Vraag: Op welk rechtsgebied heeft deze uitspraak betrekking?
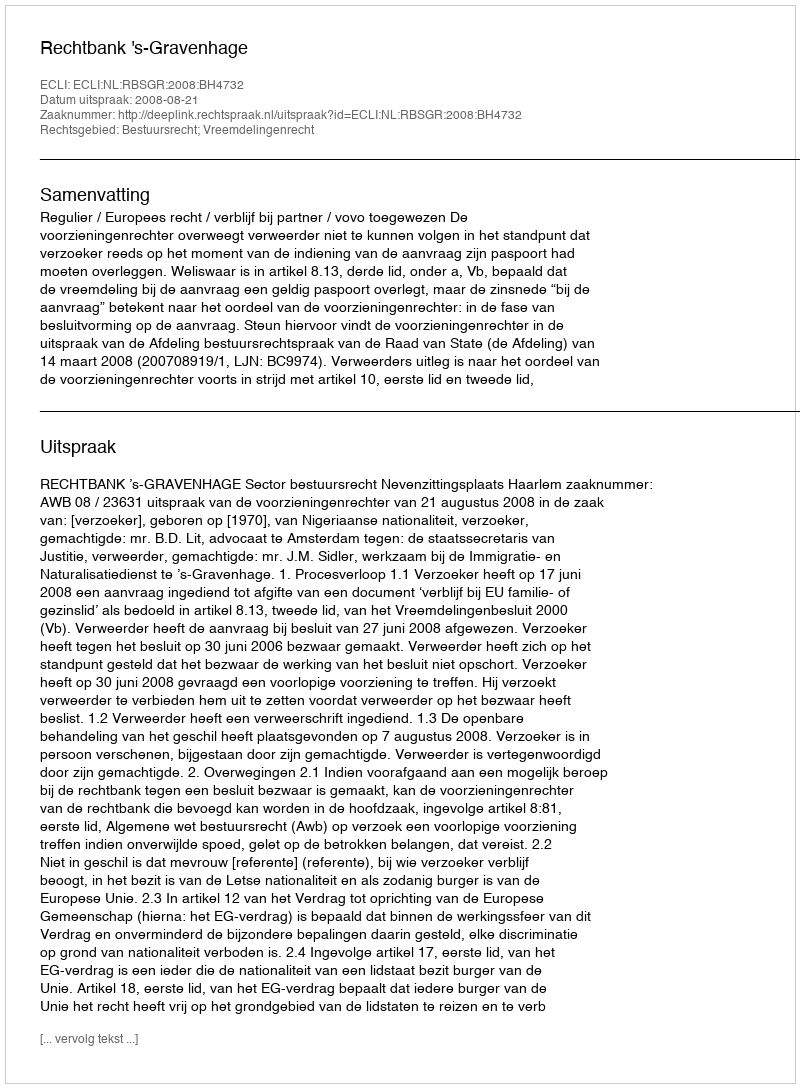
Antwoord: Bestuursrecht; Vreemdelingenrecht